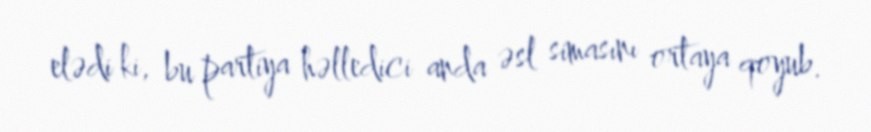
elədi ki, bu partiya həlledici anda əsl simasını ortaya qoyub.